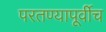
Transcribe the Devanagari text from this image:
परतण्यापूर्वीच